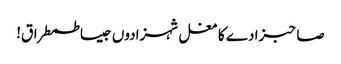
صاحبزادے کا مغل شہزادوں جیسا طمطراق!